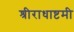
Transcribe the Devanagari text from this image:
श्रीराधाष्टमी